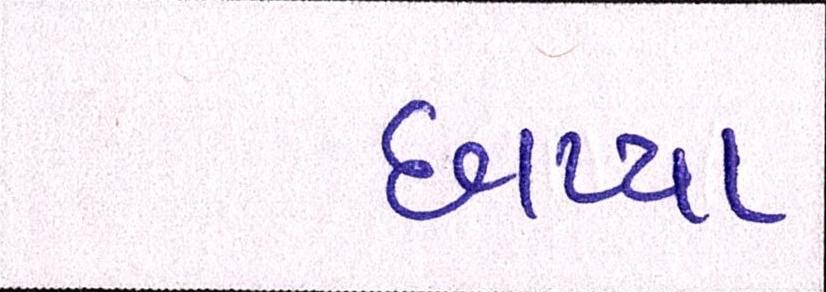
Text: છાપ્યા